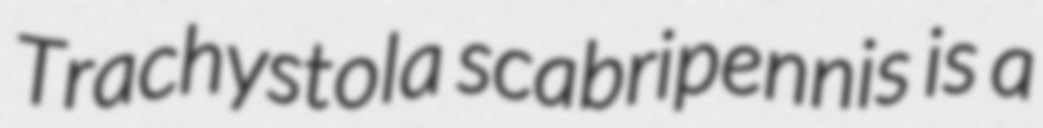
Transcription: Trachystola scabripennis is a